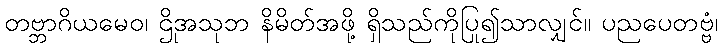
တဗ္ဘာဂိယမေဝ၊ ဌိုအသုဘ နိမိတ်အဖို့ ရှိသည်ကိုပြု၍သာလျှင်။ ပညပေတဗ္ဗံ၊